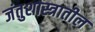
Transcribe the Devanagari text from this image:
जंतुशास्त्रातील